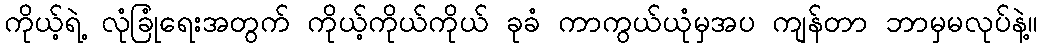
ကိုယ့်ရဲ့ လုံခြုံရေးအတွက် ကိုယ့်ကိုယ်ကိုယ် ခုခံ ကာကွယ်ယုံမှအပ ကျန်တာ ဘာမှမလုပ်နဲ့။